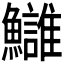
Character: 𩽀